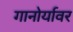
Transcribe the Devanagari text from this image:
गानोर्यावर